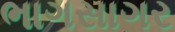
ભાગસાગર